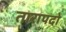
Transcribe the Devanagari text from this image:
तारापदो